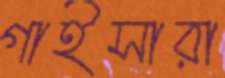
গাইসারা